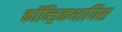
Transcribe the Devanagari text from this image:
कॉन्ड्रिकथायिस